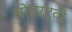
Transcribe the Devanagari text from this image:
मोपरट्वी